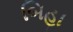
બિહા